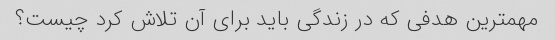
مهمترین هدفی که در زندگی باید برای آن تلاش کرد چیست؟